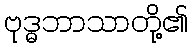
ဗုဒ္ဓဘာသာတို့၏